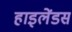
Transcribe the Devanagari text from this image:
हाइलेंडस